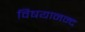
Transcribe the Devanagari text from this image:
विषयानन्द